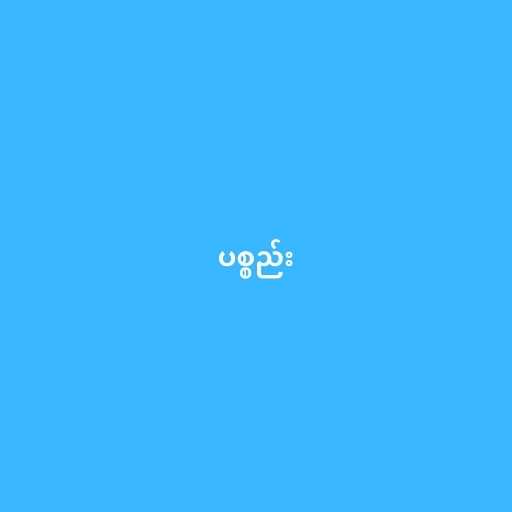
ပစ္စည်း